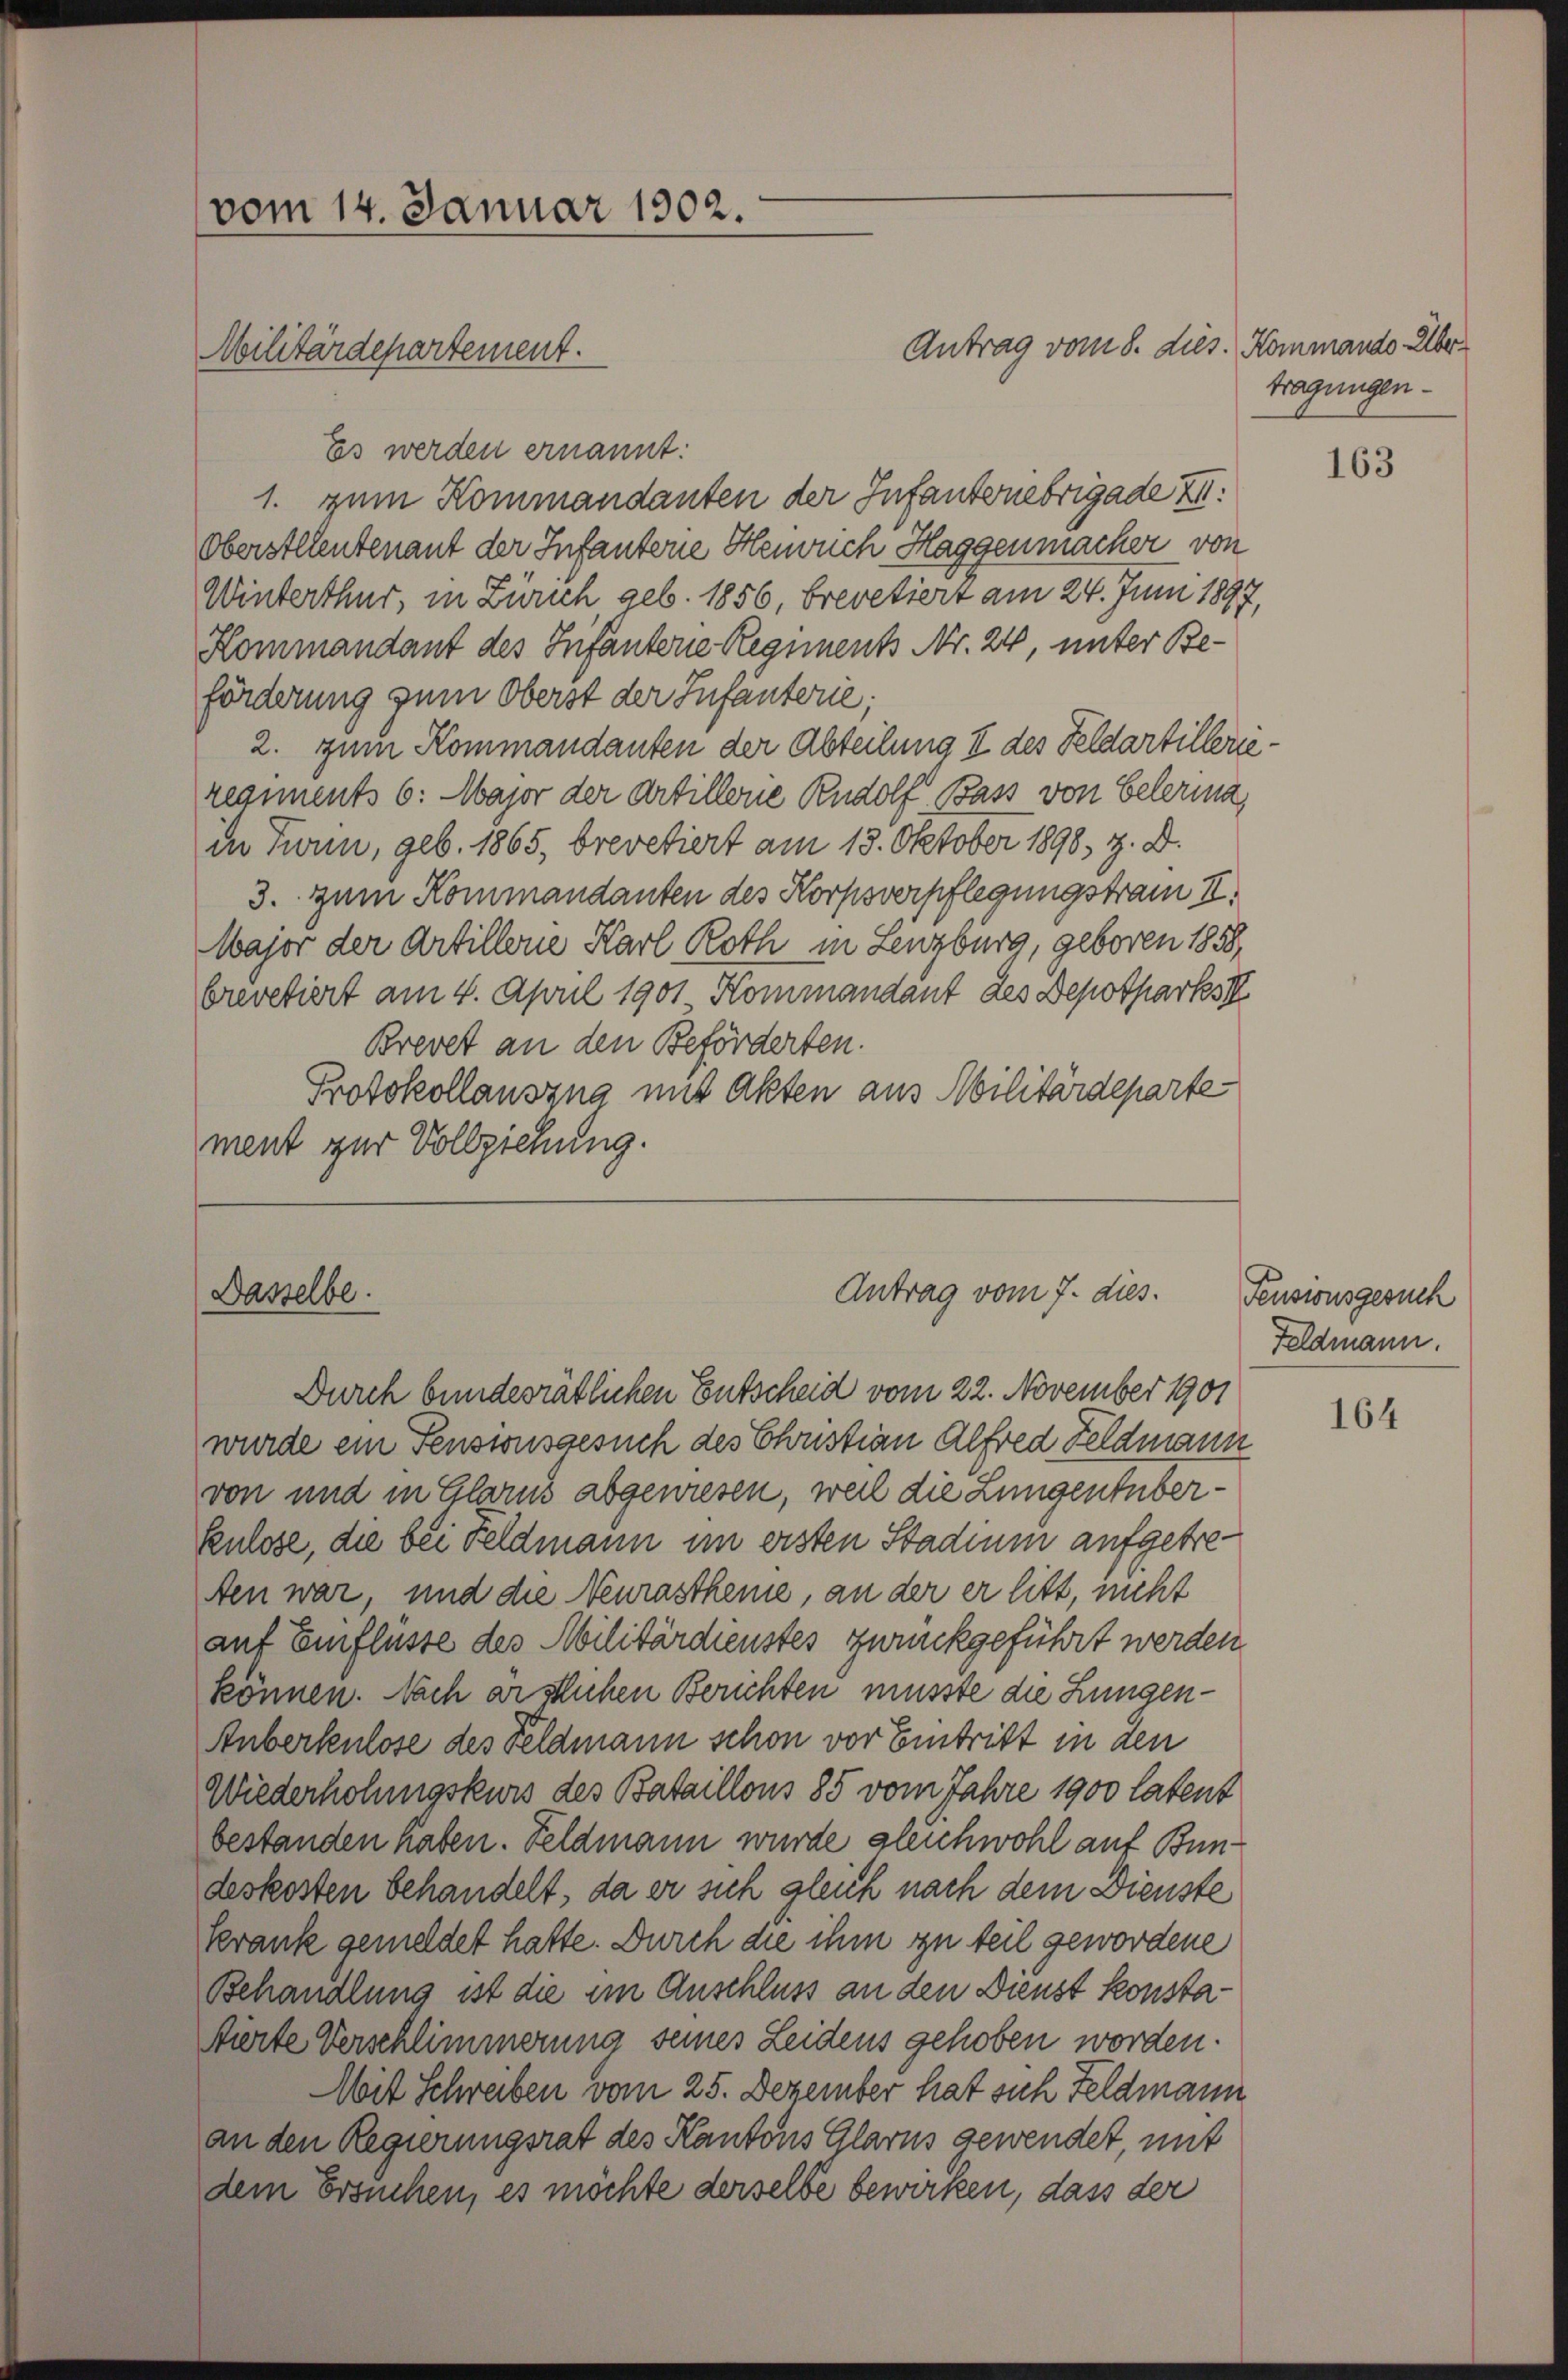
vom 14. Januar 1902.

Antrag vom 8. dies. Kommando Über¬
Es werden ernannt:
1. zum Kommandanten der Infantenebrigade z
Oberstlleutenant der Infantonie Henruch Haggenmacher von
Winterthur, in Zürich geb. 1856, brevetiert am 24. Juni 1897,
Kommandant des Infanterie Regiment Nr. 24, unter Beförderung zum Oberst der Infanterie;
2. zum Kommandanten der Abteilung II des Feldartillerieregiments 6: Major der Artillene Rudolf Bass von Belerma
in Finn, geb. 1865, brevetiert am 13. Oktober 1898, z. B.
3. zum Kommandanten des Korpsverpflegungstram II.
Major der Artillene Karl Roth in Lenzburg, geboren 1858,
brevetiert am 4. April 1901 Kommandant des Depotparks II
Brevet an den Beförderten.
Protokollauszug mit Akten aus Militärdeparte
ment zur Vollziehung.

Militärdepartement.

Dasselbe.

Antrag vom 7. dies

Durch bundesrätlichen Entscheid vom 22. November 1901
wurde ein Pensionsgesuch des Christian Alfred Feldmann
von und in Glarus abgewiesen, weil die Lungentüberkulose, die bei Feldmann im ersten Stadium aufgetreten war, und die Neurastheine, an der er litt, nicht
auf Einflüsse des Militärdienstes zurückgeführt werden
können. Nach erstlichen Berichten müsste die Lungen¬
Auberkulose des Feldmann schon vor Eintritt in den
Wiederholungskurs des Bataillons 85 vom Jahre 1900 latent
bestanden haben. Feldmann wurde gleichwohl auf Bundeskosten behandelt, da er sich gleich nach dem Dienste
krank gemeldet hatte. Durch die ihm zu teil gewordene
Behandlung ist die im Anschluss an den Dienst konstastierte Verschlimmerung seines Leidens gehoben worden.
Mit Schreiben vom 25. Dezember hat sich Feldmann
an den Regierungsrat des Kantons Glarus gewendet, mit
dem Ersuchen, es möchte derselbe bewirken, dass der

tragungen.

163

Feusionsgesuch
Feldmann.

164